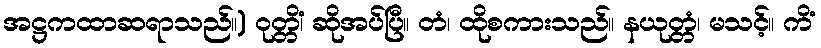
အဋ္ဌကထာဆရာသည်။) ဝုတ္တိံ၊ ဆိုအပ်ပြီ။ တံ၊ ထိုစကားသည်။ နယုတ္တံ၊ မသင့်။ ကိံ